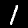
Label: 1